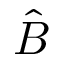
\hat { B }